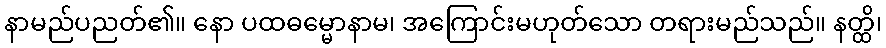
နာမည်ပညတ်၏။ နော ပထဓမ္မောနာမ၊ အကြောင်းမဟုတ်သော တရားမည်သည်။ နတ္ထိ၊